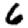
Digit: 6